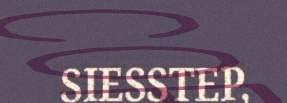
SIESSTEP,